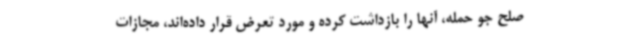
صلح جو حمله، آنها را بازداشت کرده و مورد تعرض قرار داده‌اند، مجازات